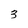
Character: 3